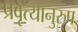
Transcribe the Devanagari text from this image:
प्रवृत्यानुरुप